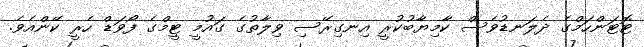
ޓޮޓަންހަމްގެ ދެލަނޑުވެސް ކާމިޔާބުކުރީ އިނގިރޭސި ވިލާތުގެ ގައުމީ ޓީމްގެ ފޯވަޑް ހެރީ ކޭންއެވެ.